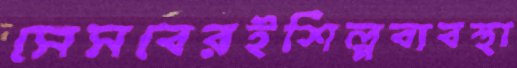
সেসবেরইশিল্পব্যবস্থা